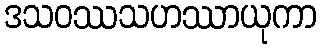
ဒသဝဿသဟဿာယုကာ